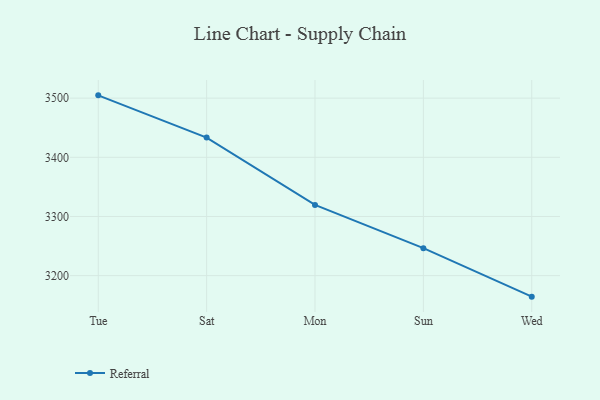
{"axis": {"x": "Day", "y": "Conversion Rate (%)"}, "legend": ["Referral"], "data": [{"x": "Tue", "y": 3504.7, "type": "Referral"}, {"x": "Sat", "y": 3433.3, "type": "Referral"}, {"x": "Mon", "y": 3319.6, "type": "Referral"}, {"x": "Sun", "y": 3246.4, "type": "Referral"}, {"x": "Wed", "y": 3164.5, "type": "Referral"}]}